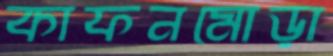
কাফনমোড়া